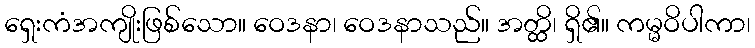
ရှေးကံအကျိုးဖြစ်သော။ ဝေဒနာ၊ ဝေဒနာသည်။ အတ္ထိ၊ ရှိ၏။ ကမ္မဝိပါကာ၊